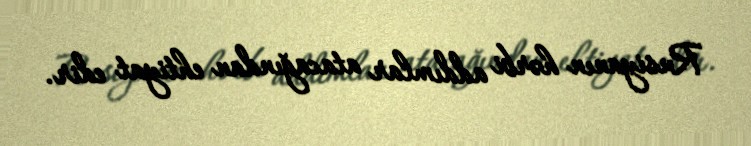
Rusiyanın hərbi addımlar atacağından ehtiyat edir.